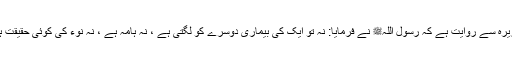
1488: سیدنا ابو ہریرہؓ سے روایت ہے کہ رسول اللہﷺ نے فرمایا: نہ تو ایک کی بیماری دوسرے کو لگتی ہے ، نہ ہامہ ہے ، نہ نوء کی کوئی حقیقت ہے اور نہ صفر کی۔